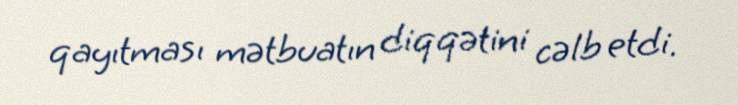
qayıtması mətbuatın diqqətini cəlb etdi.